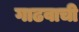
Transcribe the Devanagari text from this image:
गाढवाची